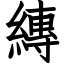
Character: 縳